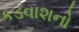
કડવાશનો